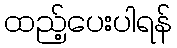
ထည့်ပေးပါရန်